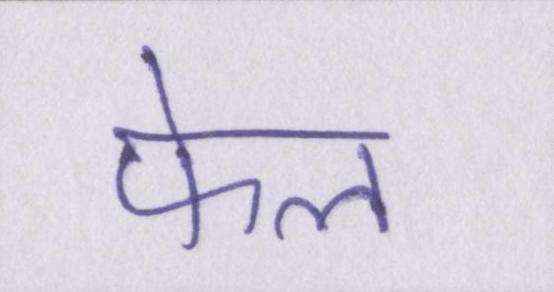
फेल